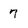
Character: 7